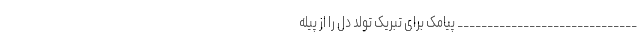
______________________________ پیامک برای تبریک تولد دل را از پیله